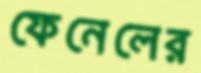
ফেনেলের